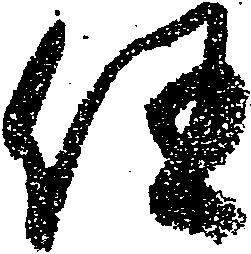
任